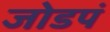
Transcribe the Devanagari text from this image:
जोडपं